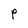
Character: p